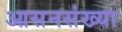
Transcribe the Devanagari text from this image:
आसनसंख्या